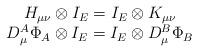
LaTeX: \begin{align*}\begin{array}{c}H_{\mu \nu }\otimes I_E=I_E\otimes K_{\mu \nu } \\D_\mu ^A\Phi _A\otimes I_E=I_E\otimes D_\mu ^B\Phi _B\end{array}\end{align*}